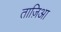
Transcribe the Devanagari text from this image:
ताज़िआ